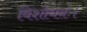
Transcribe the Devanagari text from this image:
विशोधनः।